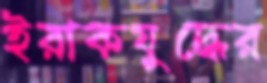
ইরাকযুদ্ধের